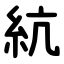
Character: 䋁